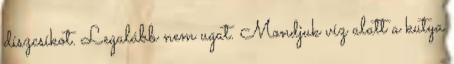
díszcsíkot. Legalább nem ugat. Mondjuk víz alatt a kutya